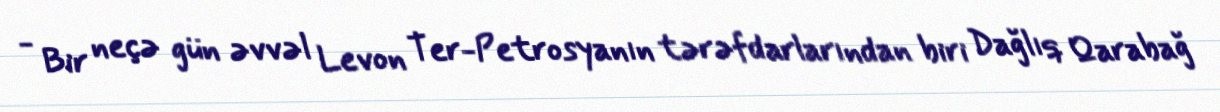
- Bir neçə gün əvvəl Levon Ter-Petrosyanın tərəfdarlarından biri Dağlıq Qarabağ